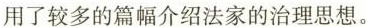
用了较多的篇幅介绍法家的治理思想。